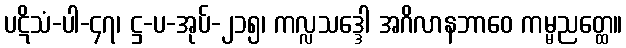
ပဋိသံ-ပါ-၄၇၊ ဋ္ဌ-ပ-အုပ်-၂၁၅၊ ကလ္လသဒ္ဒေါ အဂိလာနဘာဝေ ကမ္မညတ္ထေ။